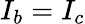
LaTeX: I_{b}=I_{c}